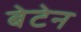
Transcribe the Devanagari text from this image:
बेटेन